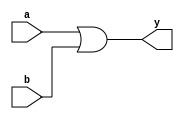


// Behavioral or Algorithmic Modeling

/*
module orgate(a,b,y);   //'orgate' - Module Name, (a,b,y) - Module Port
input a,b; // Declaration of ports
output reg y; // for behavioral modeling

always@(a or b)
begin
if (a==0'b1 & b==0'b1)
   y=1'b0;
else
   y=1'b1;
end

initial
begin
$display ("This is or - Behavioral or Algorithmic Modeling");
end
endmodule
*/

/*

//  Dataflow Modeling

module orgate(a,b,y);   //'orgate' - Module Name, (a,b,y) - Module Port
input a,b; // Declaration of ports
output y;

assign y=a||b;    // data flow modeling

initial
begin
$display ("This is or - Dataflow Modeling");
end
endmodule

*/


 
//  Gatelevel Modeling

module orgate(a,b,y);   //'orgate' - Module Name, (a,b,y) - Module Port
input a,b; // Declaration of ports
output y;

or(y,a,b);    // Gate level design by instantiating gates

initial
begin
$display ("This is or - Gatelevel Modeling");
end
endmodule